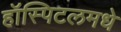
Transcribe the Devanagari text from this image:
हॉस्पिटलमधे